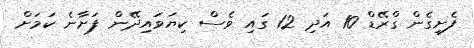
ފެށިގެން ގްރޭޑް 10 އަދި 12 ގައި ވެސް ކިޔަވައިދޭން ފަށާނެ ކަމަށް